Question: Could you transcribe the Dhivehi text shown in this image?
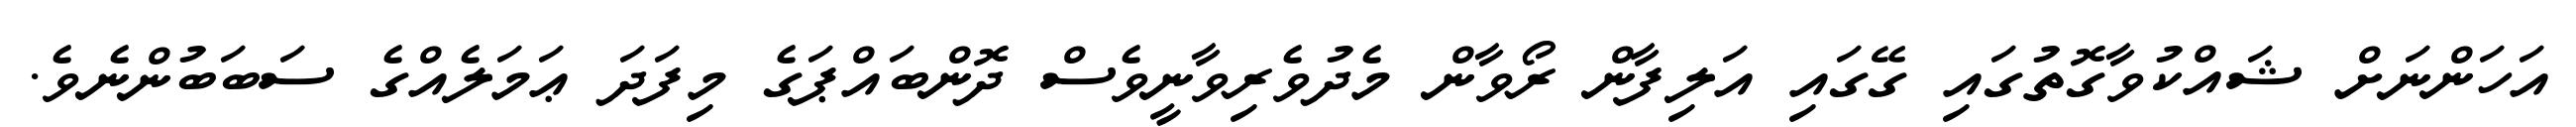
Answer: އަހަންނަށް ޝައްކުވާގޮތުގައި ގޭގައި އަލިފާން ރޯވާން މެދުވެރިވާނީވެސް ދޮންބައްޕަގެ މިފަދަ ޢަމަލެއްގެ ސަބަބުންނެވެ.